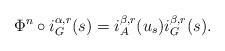
LaTeX: \begin{align*}\Phi^n\circ i_G^{\alpha,r}(s)=i_A^{\beta,r}(u_s)i_G^{\beta,r}(s).\end{align*}